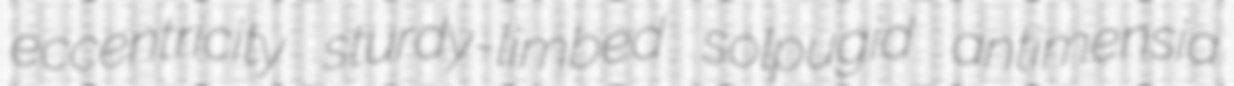
eccentricity sturdy-limbed solpugid antimensia